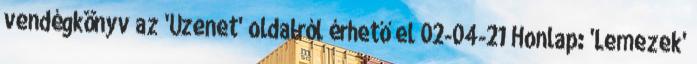
vendégkönyv az 'Üzenet' oldalról érhető el 02-04-21 Honlap: 'Lemezek'